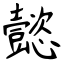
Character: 懿